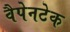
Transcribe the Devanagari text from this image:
वैपेनटेक